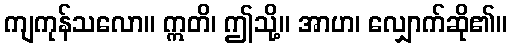
ကျကုန်သလော။ ဣတိ၊ ဤသို့။ အာဟ၊ လျှောက်ဆို၏။